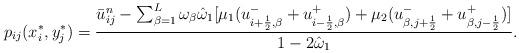
LaTeX: \begin{align*}p_{ij}(x_i^{*},y_j^{*})=\frac{\bar{u}_{ij}^n-\sum_{\beta=1}^L\omega_{\beta}\hat{\omega}_1[\mu_1(u_{i+\frac{1}{2},\beta}^{-}+u_{i-\frac{1}{2},\beta}^{+})+\mu_2(u_{\beta,j+\frac{1}{2}}^{-}+u_{\beta,j-\frac{1}{2}}^{+})]}{1-2\hat{\omega}_1}.\end{align*}